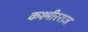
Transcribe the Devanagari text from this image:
कश्मीरराज